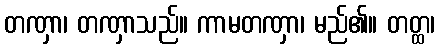
တဏှာ၊ တဏှာသည်။ ကာမတဏှာ၊ မည်၏။ တတ္ထ၊